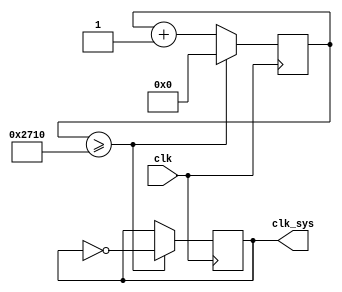
`timescale 1ns / 1ps
//////////////////////////////////////////////////////////////////////////////////
// Company: 
// Engineer: 
// 
// Design Name: 
// Module Name: clock_div
// Project Name: 
// Target Devices: 
// Tool Versions: 
// Description: 
// 
// Dependencies: 
// 
// Revision:
// Revision 0.01 - File Created
// Additional Comments:
// 
//////////////////////////////////////////////////////////////////////////////////


module clock_div(
    input clk,
    output reg clk_sys = 0
    );
    
    reg[25:0] div_counter = 0;
    
    always @(posedge clk) begin
        if(div_counter >= 10000) begin
            clk_sys <= ~clk_sys;
            div_counter <= 0;
        end else begin
            div_counter <= div_counter + 1;
        end
    end
endmodule